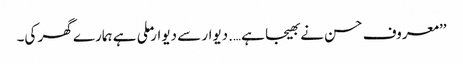
’’معروف حسن نے بھیجا ہے….دیوار سے دیوار ملی ہے ہمارے گھر کی۔